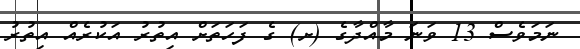
ނަމަވެސް 13 ވަނަ މާއްދާގެ (ށ) ގެ ފަހަތަށް އިތުރު އަކުރެއް އިތުރު